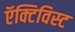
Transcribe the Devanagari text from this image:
ऍक्टिविस्ट